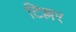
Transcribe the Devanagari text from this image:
टिल्लर